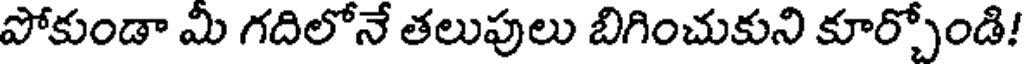
పోకుండా మీ గదిలోనే తలుపులు బిగించుకుని కూర్చోండి!